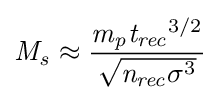
{\mathit {M}}_{\mathit {s}}\approx {\frac {{\mathit {m}}_{\mathit {p}}{{\mathit {t}}_{\mathit {rec}}}^{3/2}}{\sqrt {{\mathit {n}}_{\mathit {rec}}\sigma ^{3}}}}